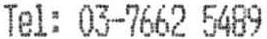
TEL: 03-7662 5489